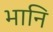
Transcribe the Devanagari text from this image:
भानि